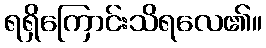
ရရှိကြောင်းသိရလေ၏။